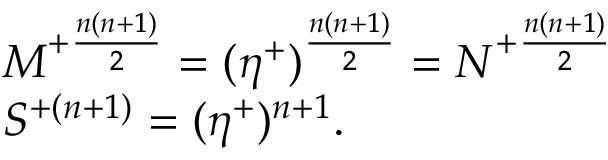
\begin{array} { l c r } { { M ^ { + { \frac { n ( n + 1 ) } { 2 } } } = ( \eta ^ { + } ) ^ { { \frac { n ( n + 1 ) } { 2 } } } = N ^ { + { \frac { n ( n + 1 ) } { 2 } } } } } \\ { { S ^ { + ( n + 1 ) } = ( \eta ^ { + } ) ^ { n + 1 } . } } \end{array}